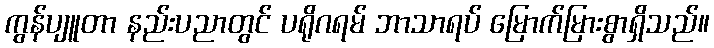
ကွန်ပျူတာ နည်းပညာတွင် ပရိုဂရမ် ဘာသာရပ် မြောက်မြားစွာရှိသည်။